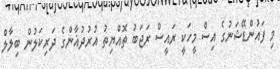
މި ފައުންޑޭޝަނުގެ އިސް މީހަކީ ރައީސް ރަޖަބު ތޮއްޔިތު އުރުދުޣާންގެ ދަރިކަލުން ބިލާލް